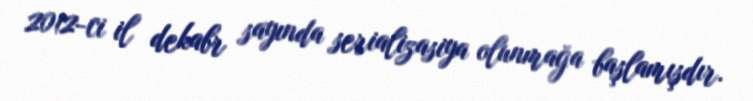
2012-ci il dekabr sayında serializasiya olunmağa başlamışdır.